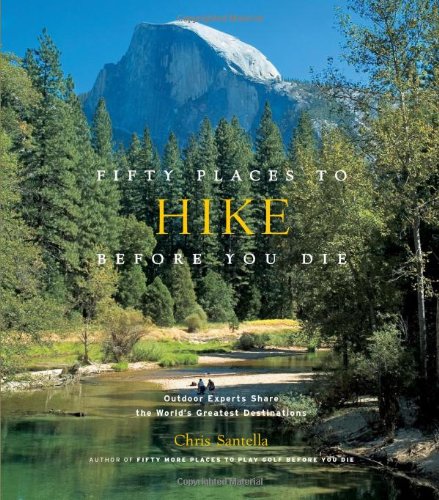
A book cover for Fifty Places to Hike Before You Die: Outdoor Experts Share the World's Greatest Destinations; Chris Santella; Sports & Outdoors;